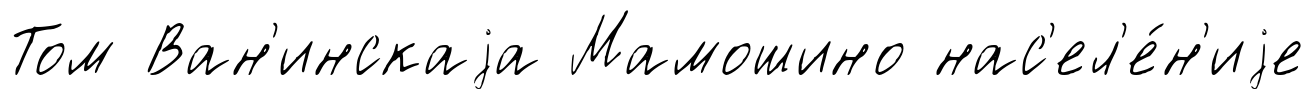
Том Ван'инскаjа Мамошино нас'ел'е́н'иjе